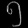
Digit: ၅